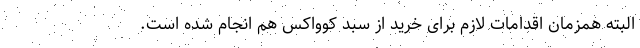
البته همزمان اقدامات لازم برای خرید از سبد کوواکس هم انجام شده است.